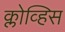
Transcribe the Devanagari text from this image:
क्लोव्हिस